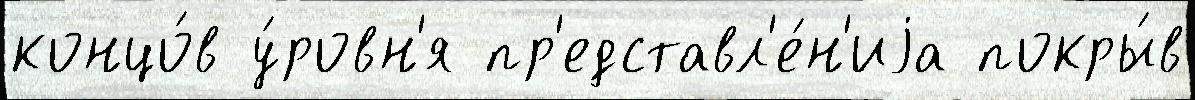
концо́в у́ровн'я пр'едставл'е́н'иjа покры́в